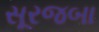
સૂરજબા